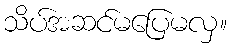
သိပ်အဆင်မပြေမလှ။